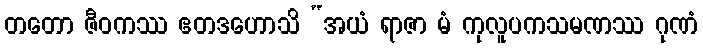
တတော ဇီဝကဿ ဧတဒဟောသိ “အယံ ရာဇာ မံ ကုလူပကသမဏဿ ဂုဏံ